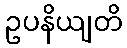
ဥပနိယျတိ